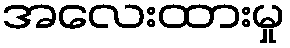
အလေးထားမှု